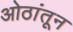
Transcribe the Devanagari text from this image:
ओठांतून